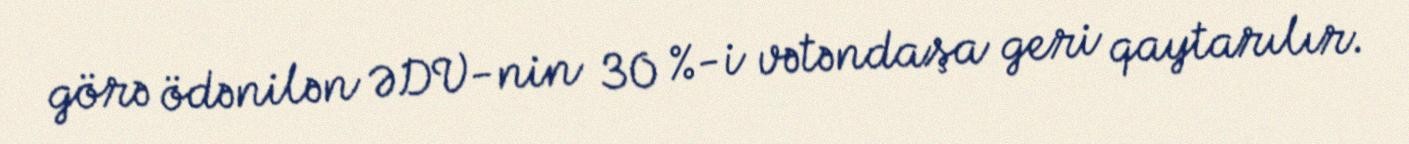
görə ödənilən ƏDV-nin 30 %-i vətəndaşa geri qaytarılır.